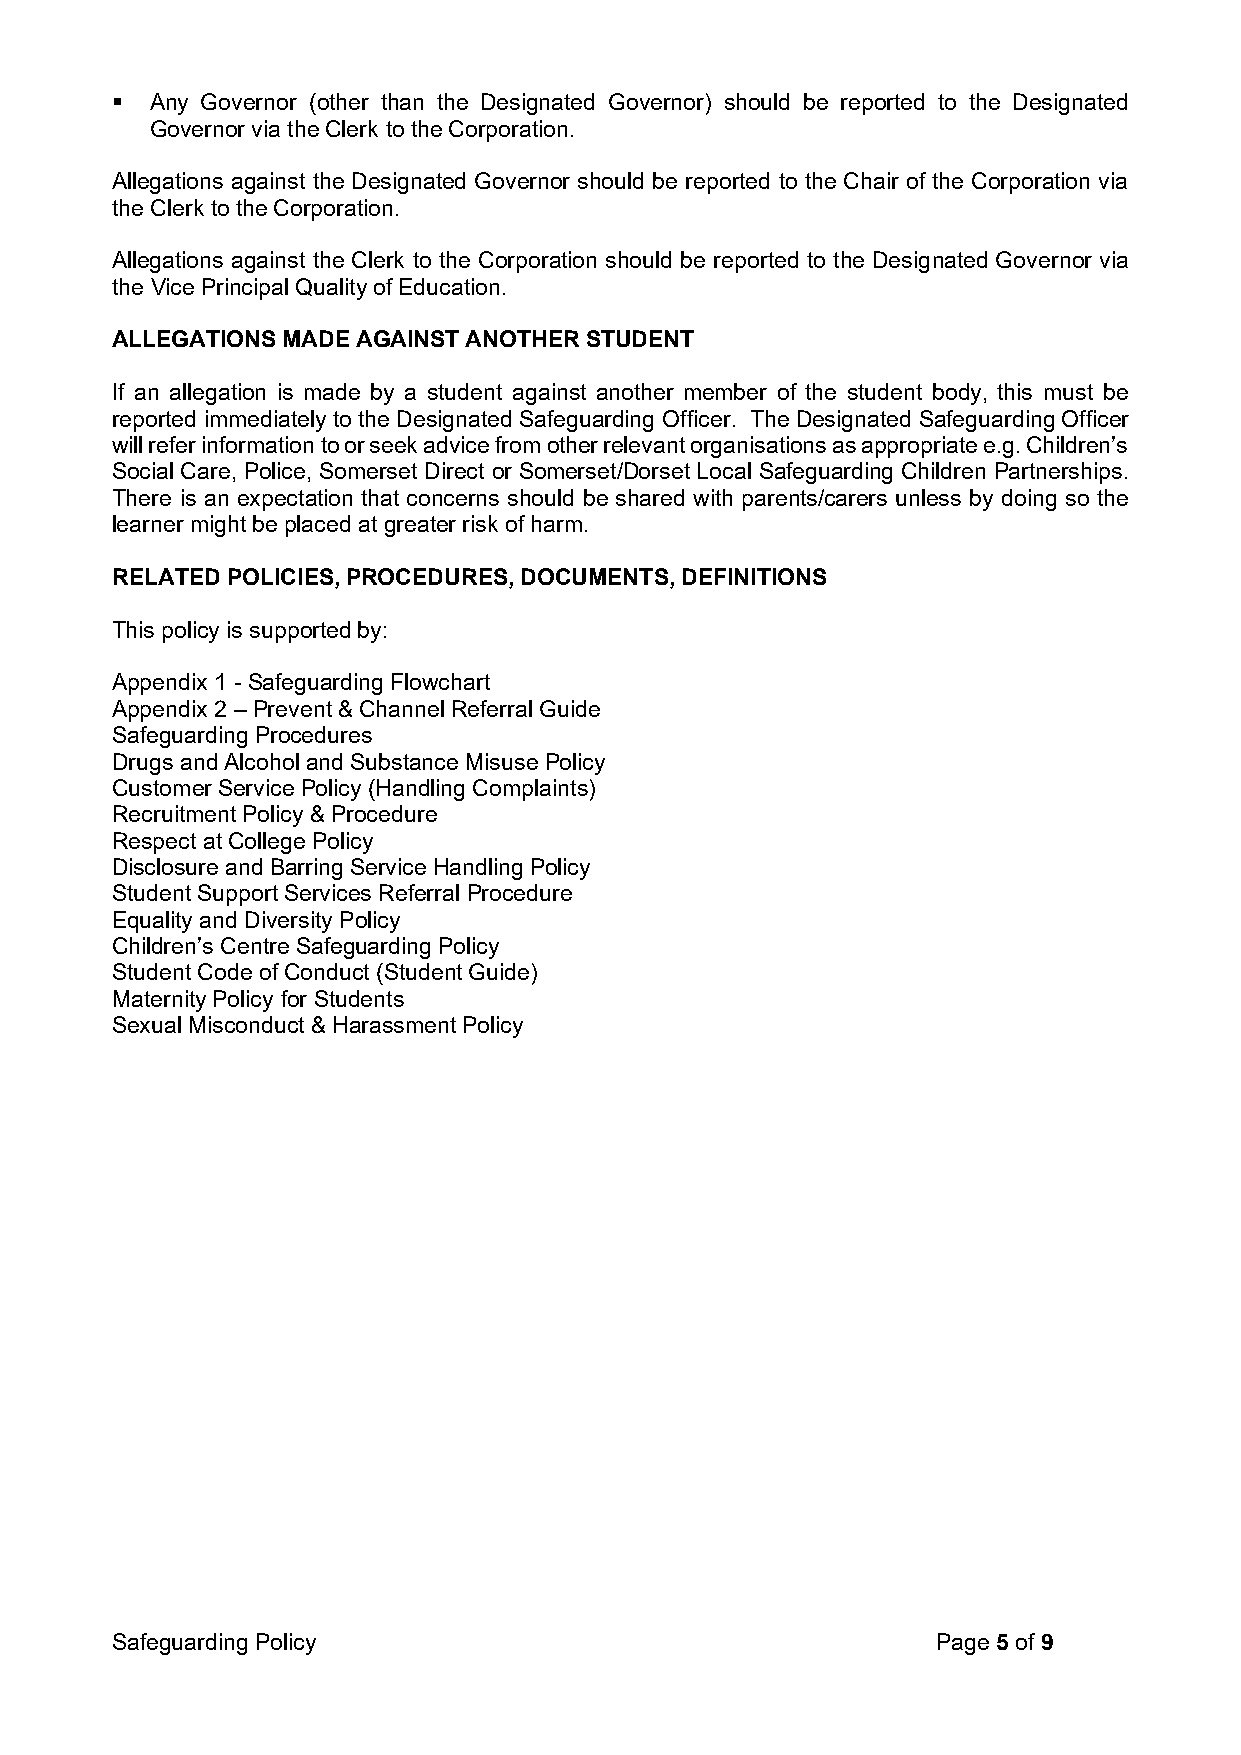
▪  Any Governor (other than the Designated Governor) should be reported to the Designated
 Governor via the Clerk to the Corporation.
 Allegations against the Designated Governor should be reported to the Chair of the Corporation via
 the Clerk to the Corporation.
 Allegations against the Clerk to the Corporation should be reported to the Designated Governor via
 the Vice Principal Quality of Education.
 ALLEGATIONS MADE AGAINST ANOTHER STUDENT
 If an allegation is made by a student against another member of the student body, this must be
 reported immediately to the Designated Safeguarding Officer. The Designated Safeguarding Officer
 will refer information to or seek advice from other relevant organisations as appropriate e.g. Children’s
 Social Care, Police, Somerset Direct or Somerset/Dorset Local Safeguarding Children Partnerships.
 There is an expectation that concerns should be shared with parents/carers unless by doing so the
 learner might be placed at greater risk of harm.
 RELATED POLICIES, PROCEDURES, DOCUMENTS, DEFINITIONS
 This policy is supported by:
 Appendix 1 - Safeguarding Flowchart
 Appendix 2 – Prevent & Channel Referral Guide
 Safeguarding Procedures
 Drugs and Alcohol and Substance Misuse Policy
 Customer Service Policy (Handling Complaints)
 Recruitment Policy & Procedure
 Respect at College Policy
 Disclosure and Barring Service Handling Policy
 Student Support Services Referral Procedure
 Equality and Diversity Policy
 Children’s Centre Safeguarding Policy
 Student Code of Conduct (Student Guide)
 Maternity Policy for Students
 Sexual Misconduct & Harassment Policy
 Safeguarding Policy                                    Page 5 of 9